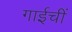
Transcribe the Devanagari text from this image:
गाईचीं